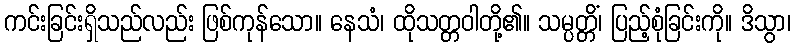
ကင်းခြင်းရှိသည်လည်း ဖြစ်ကုန်သော။ နေသံ၊ ထိုသတ္တဝါတို့၏။ သမ္ပတ္တိံ၊ ပြည့်စုံခြင်းကို။ ဒိသွာ၊